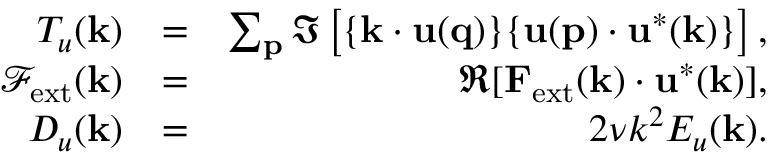
\begin{array} { r l r } { T _ { u } ( { \bf k } ) } & { = } & { \sum _ { \bf p } \Im \left[ { \bf \{ k \cdot u ( q ) \} \{ u ( p ) \cdot u ^ { * } ( k ) \} } \right] , } \\ { \mathcal { F } _ { \mathrm { e x t } } ( { \bf k } ) } & { = } & { \Re [ { \bf F } _ { \mathrm { e x t } } ( { \bf k } ) \cdot { \bf u } ^ { * } ( { \bf k } ) ] , } \\ { D _ { u } ( \mathbf { k } ) } & { = } & { 2 \nu k ^ { 2 } E _ { u } ( { \bf k } ) . } \end{array}